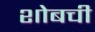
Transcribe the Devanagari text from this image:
शोबची